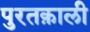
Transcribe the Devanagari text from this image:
पुरतक़ाली